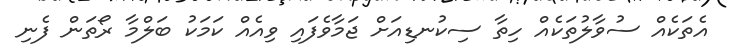
އެތަކެއް ސުވާލުތަކެއް ހިތާ ސިކުނޑިއަށް ޖަމާވެފައި ވިއެއް ކަމަކު ބަލްމާ ރޯތަން ފެނި